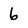
Character: 6